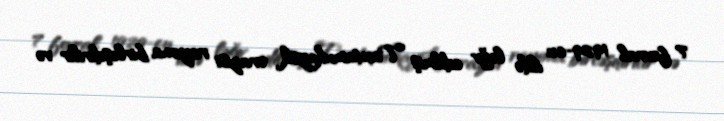
7 fevral 1929-cu ildə ləğv edilmiş Taxtamukaysk ərazisi rayona birləşdirilir və